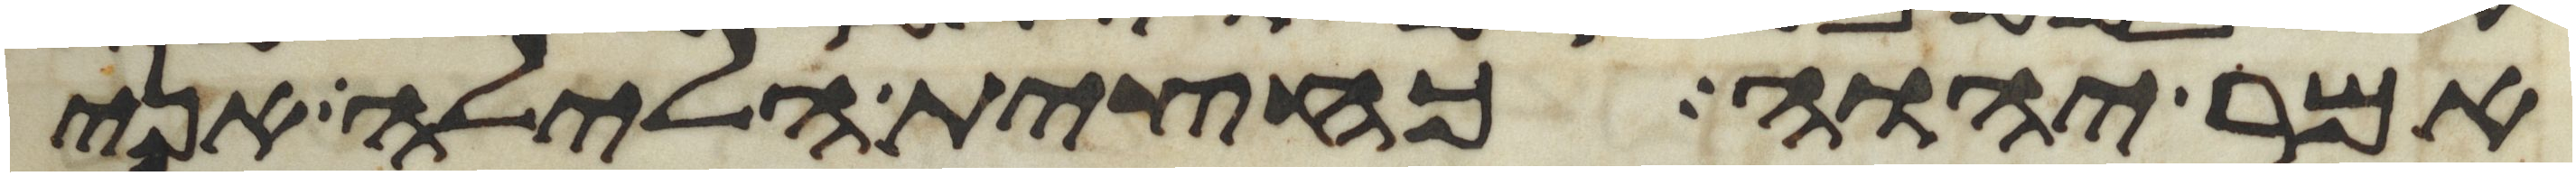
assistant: אמר יהוה כחצית הלילה אני